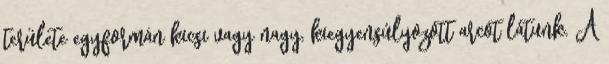
területe egyformán kicsi vagy nagy, kiegyensúlyozott arcot látunk. A